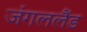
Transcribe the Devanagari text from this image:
जंगललैंड